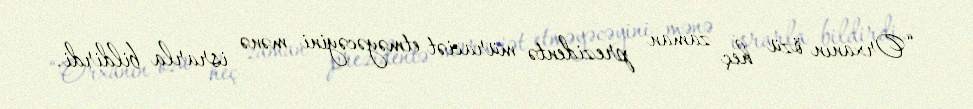
“Orxanın özü heç zaman prezidentə müraciət etməyəcəyini mənə israrla bildirdi.